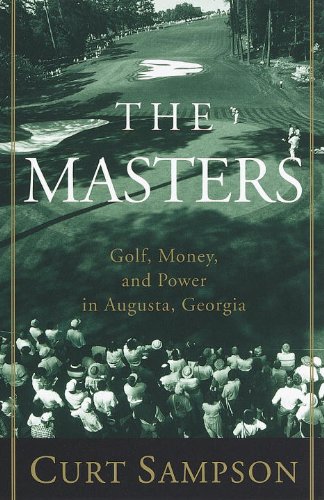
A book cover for The Masters: Golf, Money, and Power in Augusta, Georgia; Curt Sampson; Sports & Outdoors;